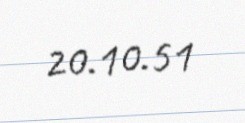
20.10.51